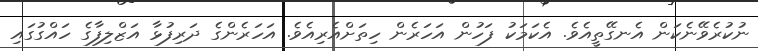
ނުކުރެވޭނެކަން އެނގޭތީއެވެ. އެކަމަކު ފަހުން އަހަރެން ހިތަށްއެރިއެވެ. އަހަރެންގެ ދަރިފުޅާ އަޒްލިފާގެ ހައްގުގައި